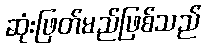
ဆုံးဖြတ်မည်ဖြစ်သည်